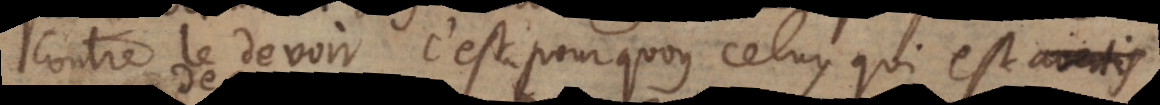
contre le devoir[;] c’est pourquoy celuy qui est averti